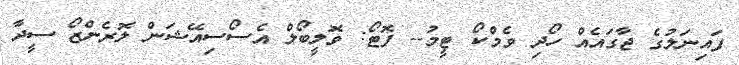
ފައިނަލުގެ ޖާގައެއް ހޯދި ވެމްކޯ ޓީމު-- ފޮޓޯ: ވޮލީބޯލް އެސޯސިއޭޝަން ލޮރެންޒޯ ސީދާ